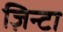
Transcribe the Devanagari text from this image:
ज़िन्टा